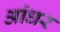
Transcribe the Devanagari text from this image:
आंधर